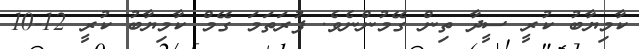
ކާމިޔާބު ކުރީ ސީދާ ތިން ގޭމުންނެވެ. ފުރަތަމަ ގޭމް ކާމިޔާބު ކުރީ 12-10